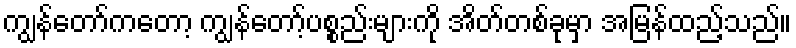
ကျွန်တော်ကတော့ ကျွန်တော့်ပစ္စည်းများကို အိတ်တစ်ခုမှာ အမြန်ထည့်သည်။